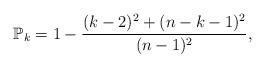
LaTeX: \begin{align*}\mathbb{P}_k=1-\frac{(k-2)^2+(n-k-1)^2}{(n-1)^2},\end{align*}